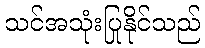
သင်အသုံးပြုနိုင်သည်